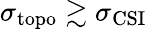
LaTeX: \sigma_{\mathrm{topo}}\gtrsim\sigma_{\mathrm{CSI}}